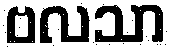
ဗလသာ